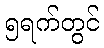
၅ရက်တွင်